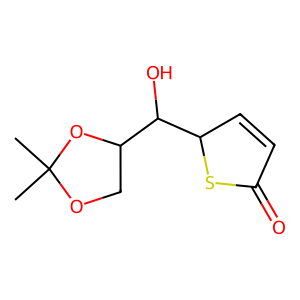
SMILES: CC1(C)OCC(C(O)C2C=CC(=O)S2)O1
Inhibits HIV replication: No